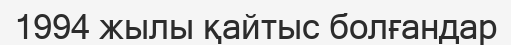
1994 жылы қайтыс болғандар